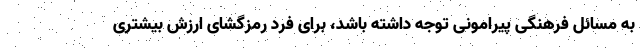
به مسائل فرهنگی پیرامونی توجه داشته باشد، برای فرد رمزگشای ارزش بیشتری